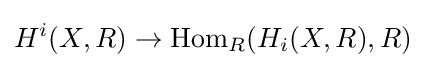
H^{i}(X,R)\to \operatorname {Hom} _{R}(H_{i}(X,R),R)